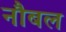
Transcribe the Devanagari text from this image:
नौबल